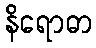
နိရောဓာ